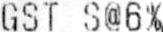
GST S@6%